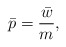
\begin{align*}\bar{p} = \frac{\bar{w}}{m},\end{align*}